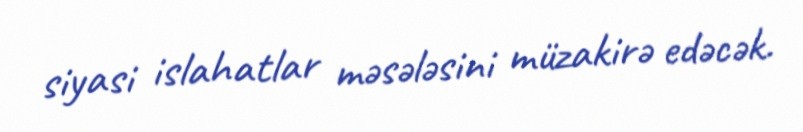
siyasi islahatlar məsələsini müzakirə edəcək.